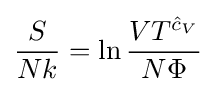
{\frac {S}{Nk}}=\ln {\frac {VT^{{\hat {c}}_{V}}}{N\Phi }}